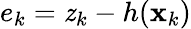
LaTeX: e_{k}=\mathit{z}_{k}-h(\mathbf{{x}}_{k})